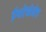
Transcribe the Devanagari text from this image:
ईश्वरेच्छेनेच